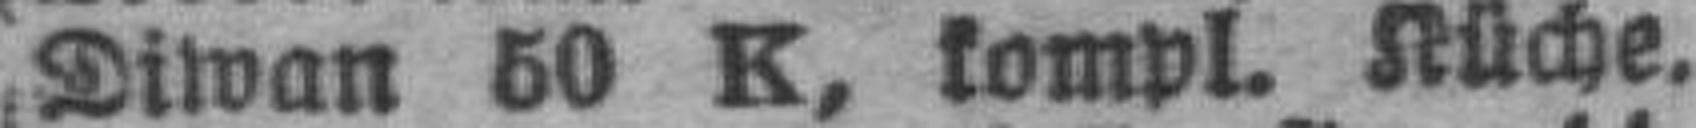
Diwan 50 K, kompl. Küche.